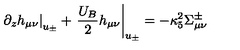
\left. \partial _ { z } h _ { \mu \nu } \right| _ { u _ { \pm } } + \left. \frac { U _ { B } } { 2 } h _ { \mu \nu } \right| _ { u _ { \pm } } = - \kappa _ { 5 } ^ { 2 } \Sigma _ { \mu \nu } ^ { \pm }